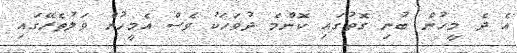
އެ ދެ މީހުން ބުނި ގޮތުގައި ކޮންމެ ދުވަހަކު ވެސް އެމީހުން ވަލުތެރޭގައި